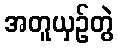
အတူယှဉ်တွဲ